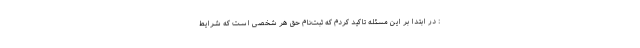
: در ابتدا بر این مسئله تاکید کردم که ثبت‌نام حق هر شخصی است که شرایط